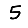
Digit: 5